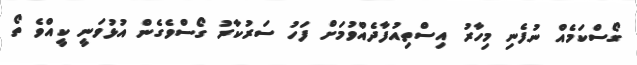
ގޯސްކަމެއް ނުފެނި މިހާރު އިސްތިއުފާދެއްވުމަށް ފަހު ސަރުކާރު ގޯސްވެގެން އުޅުވަނީ ކީއްވެ ތޯ